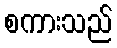
စကားသည်